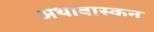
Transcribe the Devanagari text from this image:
अथाबास्कन